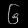
Digit: ၆